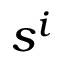
s ^ { i }